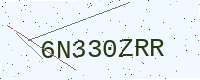
Text: 6N330ZRR